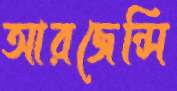
আরজেন্সি